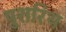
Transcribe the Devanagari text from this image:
पुशरिथ